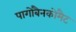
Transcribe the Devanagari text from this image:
पागोबैनकोमैट